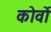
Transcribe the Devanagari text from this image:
कोर्वो